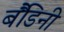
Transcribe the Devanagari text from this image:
बैंडिनी